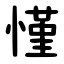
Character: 慬